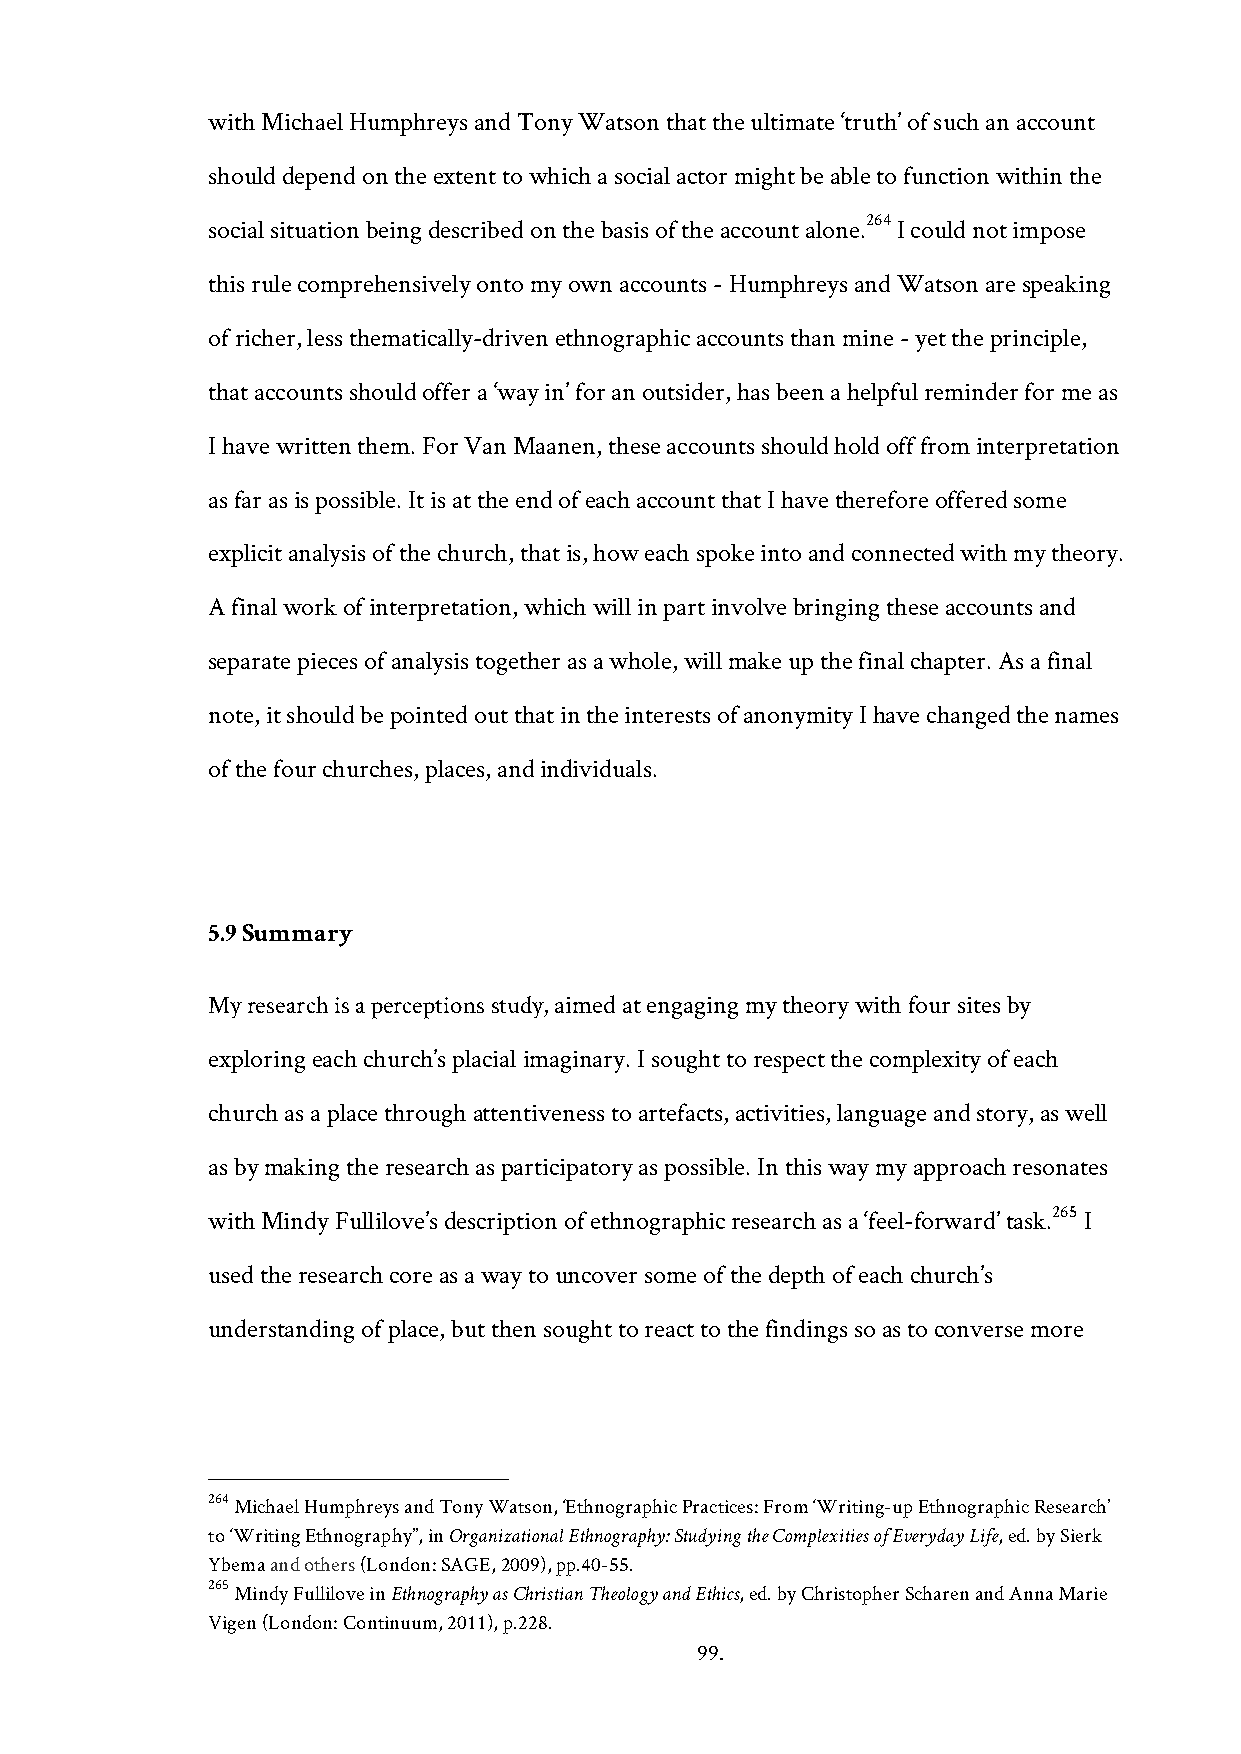
with Michael Humphreys and Tony Watson that the ultimate ‘truth’ of such an account
 should depend on the extent to which a social actor might be able to function within the
 264
 social situation being described on the basis of the account alone. I could not impose
 this rule comprehensively onto my own accounts - Humphreys and Watson are speaking
 of richer, less thematically-driven ethnographic accounts than mine - yet the principle,
 that accounts should offer a ‘way in’ for an outsider, has been a helpful reminder for me as
 I have written them. For Van Maanen, these accounts should hold off from interpretation
 as far as is possible. It is at the end of each account that I have therefore offered some
 explicit analysis of the church, that is, how each spoke into and connected with my theory.
 A final work of interpretation, which will in part involve bringing these accounts and
 separate pieces of analysis together as a whole, will make up the final chapter. As a final
 note, it should be pointed out that in the interests of anonymity I have changed the names
 of the four churches, places, and individuals.
 5.9 Summary
 My research is a perceptions study, aimed at engaging my theory with four sites by
 exploring each church’s placial imaginary. I sought to respect the complexity of each
 church as a place through attentiveness to artefacts, activities, language and story, as well
 as by making the research as participatory as possible. In this way my approach resonates
 265
 with Mindy Fullilove’s description of ethnographic research as a ‘feel-forward’ task. I
 used the research core as a way to uncover some of the depth of each church’s
 understanding of place, but then sought to react to the findings so as to converse more
 264 Michael Humphreys and Tony Watson, ‘Ethnographic Practices: From ‘Writing-up Ethnographic Research’
 to ‘Writing Ethnography’’, in Organizational Ethnography: Studying the Complexities of Everyday Life, ed. by Sierk
 Ybema and others (London: SAGE, 2009), pp.40-55.
 265 Mindy Fullilove in Ethnography as Christian Theology and Ethics, ed. by Christopher Scharen and Anna Marie
 Vigen (London: Continuum, 2011), p.228.
 99.